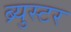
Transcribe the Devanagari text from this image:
ब्र्युस्टर